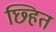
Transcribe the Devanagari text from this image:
छ्हित